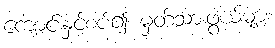
ကျောင်းနှင့်စပ်၍ မှတ်သားဖွယ်များ